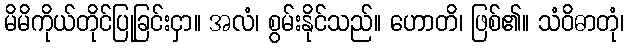
မိမိကိုယ်တိုင်ပြုခြင်းငှာ။ အလံ၊ စွမ်းနိုင်သည်။ ဟောတိ၊ ဖြစ်၏။ သံဝိဓာတုံ၊